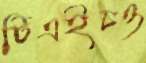
টিএইচও